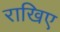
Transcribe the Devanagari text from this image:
राखिए